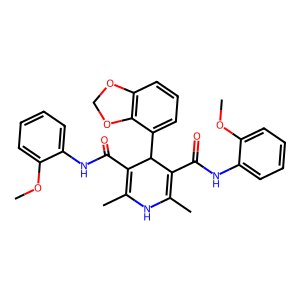
SMILES: COc1ccccc1NC(=O)C1=C(C)NC(C)=C(C(=O)Nc2ccccc2OC)C1c1cccc2c1OCO2
Inhibits HIV replication: No